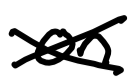
Text: on
Cross-out: cross
Writing tool: digital_black